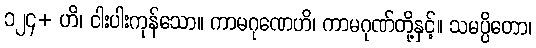
၁၂၄+ ဟိ၊ ငါးပါးကုန်သော။ ကာမဂုဏေဟိ၊ ကာမဂုဏ်တို့နှင့်။ သမပ္ပိတော၊